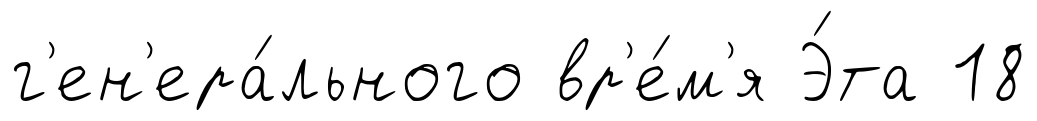
г'ен'ера́льного вр'е́м'я Э́та 18